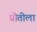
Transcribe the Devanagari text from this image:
प्रीतीला